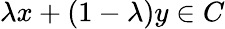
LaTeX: \lambda x+(1-\lambda)y\in C